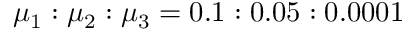
\mu _ { 1 } : \mu _ { 2 } : \mu _ { 3 } = 0 . 1 : 0 . 0 5 : 0 . 0 0 0 1